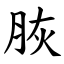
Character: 脄